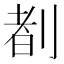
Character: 𪟈